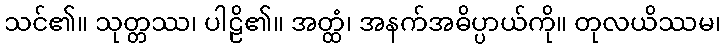
သင်၏။ သုတ္တဿ၊ ပါဠိ၏။ အတ္ထံ၊ အနက်အဓိပ္ပာယ်ကို။ တုလယိဿမ၊